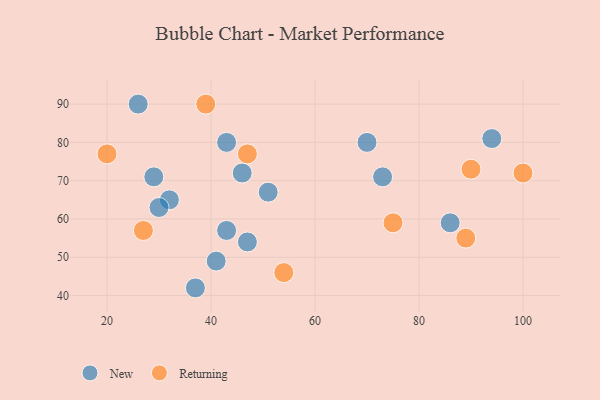
{"axis": {"x": "GDP", "y": "Life Expectancy"}, "legend": ["New", "Returning"], "data": [{"x": "41", "y": 49, "type": "New"}, {"x": "43", "y": 57, "type": "New"}, {"x": "37", "y": 42, "type": "New"}, {"x": "32", "y": 65, "type": "New"}, {"x": "47", "y": 54, "type": "New"}, {"x": "46", "y": 72, "type": "New"}, {"x": "86", "y": 59, "type": "New"}, {"x": "30", "y": 63, "type": "New"}, {"x": "51", "y": 67, "type": "New"}, {"x": "73", "y": 71, "type": "New"}, {"x": "43", "y": 80, "type": "New"}, {"x": "70", "y": 80, "type": "New"}, {"x": "29", "y": 71, "type": "New"}, {"x": "26", "y": 90, "type": "New"}, {"x": "94", "y": 81, "type": "New"}, {"x": "20", "y": 77, "type": "Returning"}, {"x": "27", "y": 57, "type": "Returning"}, {"x": "89", "y": 55, "type": "Returning"}, {"x": "39", "y": 90, "type": "Returning"}, {"x": "47", "y": 77, "type": "Returning"}, {"x": "75", "y": 59, "type": "Returning"}, {"x": "54", "y": 46, "type": "Returning"}, {"x": "100", "y": 72, "type": "Returning"}, {"x": "90", "y": 73, "type": "Returning"}]}